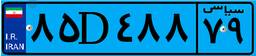
۹۷D۵۸۲۴۷